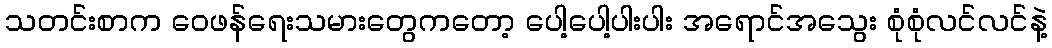
သတင်းစာက ဝေဖန်ရေးသမားတွေကတော့ ပေါ့ပေါ့ပါးပါး အရောင်အသွေး စုံစုံလင်လင်နဲ့